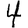
Digit: 4